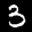
Label: 3